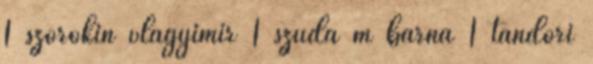
1 szorokin vlagyimir 1 szuda m barna 1 tandori